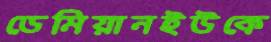
ডেমিয়ানইউকে